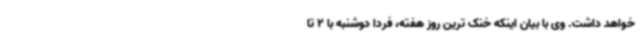
خواهد داشت. وی با بیان اینکه خنک ترین روز هفته، فردا دوشنبه با 2 تا